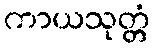
ကာယသုတ္တံ